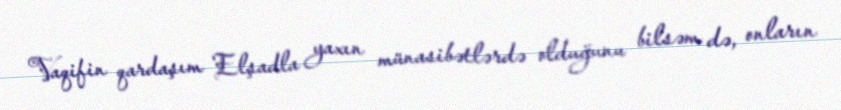
Vaqifin qardaşım Elşadla yaxın münasibətlərdə olduğunu bilsəm də, onların